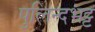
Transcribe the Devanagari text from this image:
पुलिन्दभट्ट